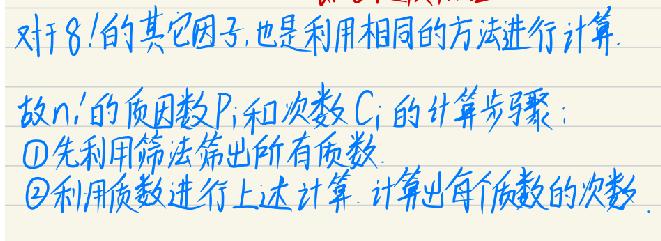
对于\(8!\)的其它因子，也是利用相同的方法进行计算。

故\(n!\)的质因数\(p_i\)和次数\(c_i\)的计算步骤：
$\textcircled{1}$先利用筛法筛出所有质数；
$\textcircled{2}$利用质数进行上述计算，计算出每个质数的次数。